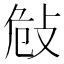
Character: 𢼨